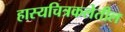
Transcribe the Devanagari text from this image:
हास्यचित्रकलेतील